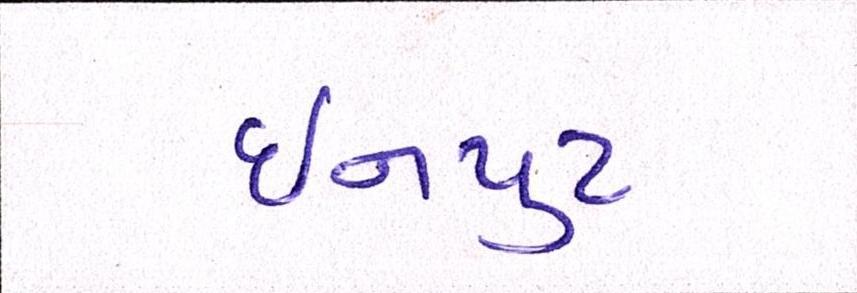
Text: ઇનપુટ